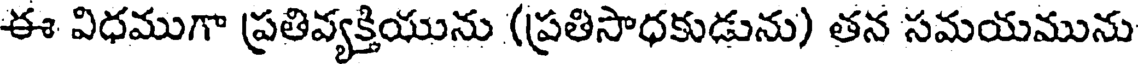
ఈ విధముగా ప్రతివ్యక్తియును (ప్రతిసాధకుడును) తన సమయమును